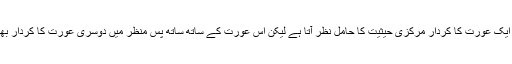
گالی ”میں بظاہر ایک عورت کا کردار مرکزی حیثیت کا حامل نظر آتا ہے لیکن اس عورت کے ساتھ ساتھ پس منظر میں دوسری عورت کا کردار بھی قابلِ توجہ ہے۔